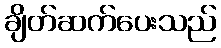
ချိတ်ဆက်ပေးသည်